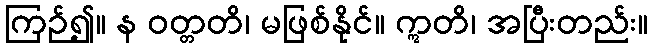
ကြဉ်၍။ န ဝတ္တတိ၊ မဖြစ်နိုင်။ ဣတိ၊ အပြီးတည်း။